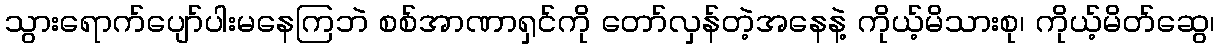
သွားရောက်ပျော်ပါးမနေကြဘဲ စစ်အာဏာရှင်ကို တော်လှန်တဲ့အနေနဲ့ ကိုယ့်မိသားစု၊ ကိုယ့်မိတ်ဆွေ၊